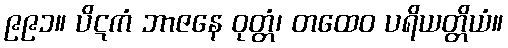
၉၉၁။ ပိဋကံ ဘာဇနေ ဝုတ္တံ၊ တထေဝ ပရိယတ္တိယံ။